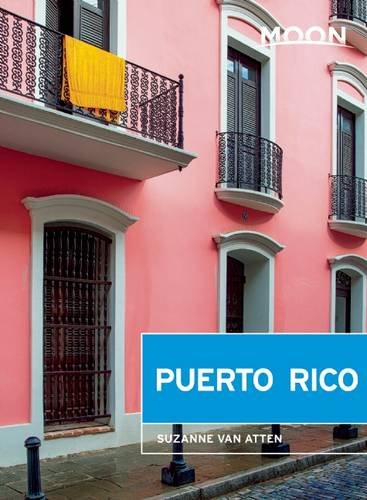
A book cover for Moon Puerto Rico (Moon Handbooks); Suzanne Van Atten; Travel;